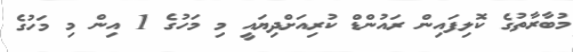
މުބާރާތުގެ ކޮލިފައިން ރައުންޑް ކުރިއަށްދިޔައީ މި މަހުގެ 1 އިން މި މަހުގެ